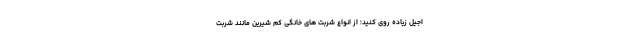
اجیل زیاده روی کنید؛ از انواع شربت های خانگی کم شیرین مانند شربت